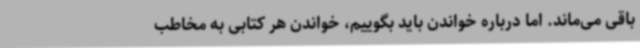
باقی‌ می‌ماند. اما درباره خواندن باید بگوییم، خواندن هر کتابی به مخاطب